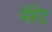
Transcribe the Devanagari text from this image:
पेरेट